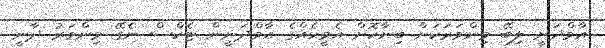
އާމްދަނީ ލިބޭ މިންވަރަކަށް ބިނާކޮށް އެމީހެއްގެ އާމްދަނީން ޓެކްސް ނެގޭ މިންވަރު ދާނީ